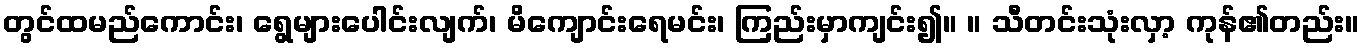
တွင်ထမည်ကောင်း၊ ရွေများပေါင်းလျက်၊ မိကျောင်းရေမင်း၊ ကြည်းမှာကျင်း၍။ ။ သီတင်းသုံးလှာ့ ကုန်၏တည်း။